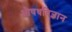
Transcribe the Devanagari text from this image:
औषधविज्ञान